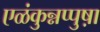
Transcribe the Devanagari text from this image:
एळंकुन्नप्पुष़ा